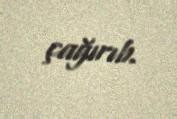
çağırıb.